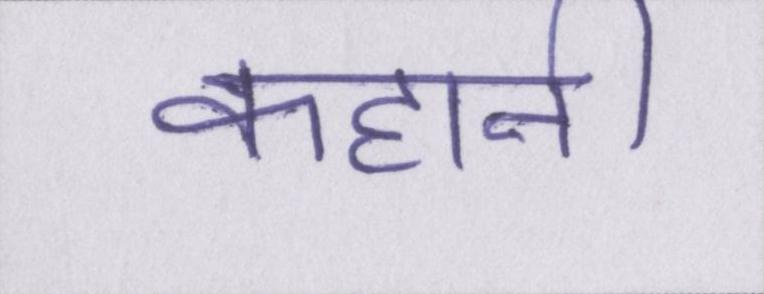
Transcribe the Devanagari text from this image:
कहानी